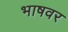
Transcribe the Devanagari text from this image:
भाषवर